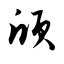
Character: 颀